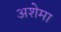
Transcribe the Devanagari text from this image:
अशेमा